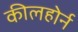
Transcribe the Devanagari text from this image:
कीलहोर्न